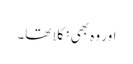
اور وہ بھی نکلا تھا۔